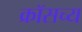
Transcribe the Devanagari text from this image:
क्रॉसच्य